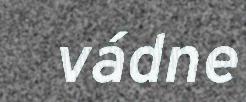
vádne